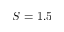
S = 1 . 5